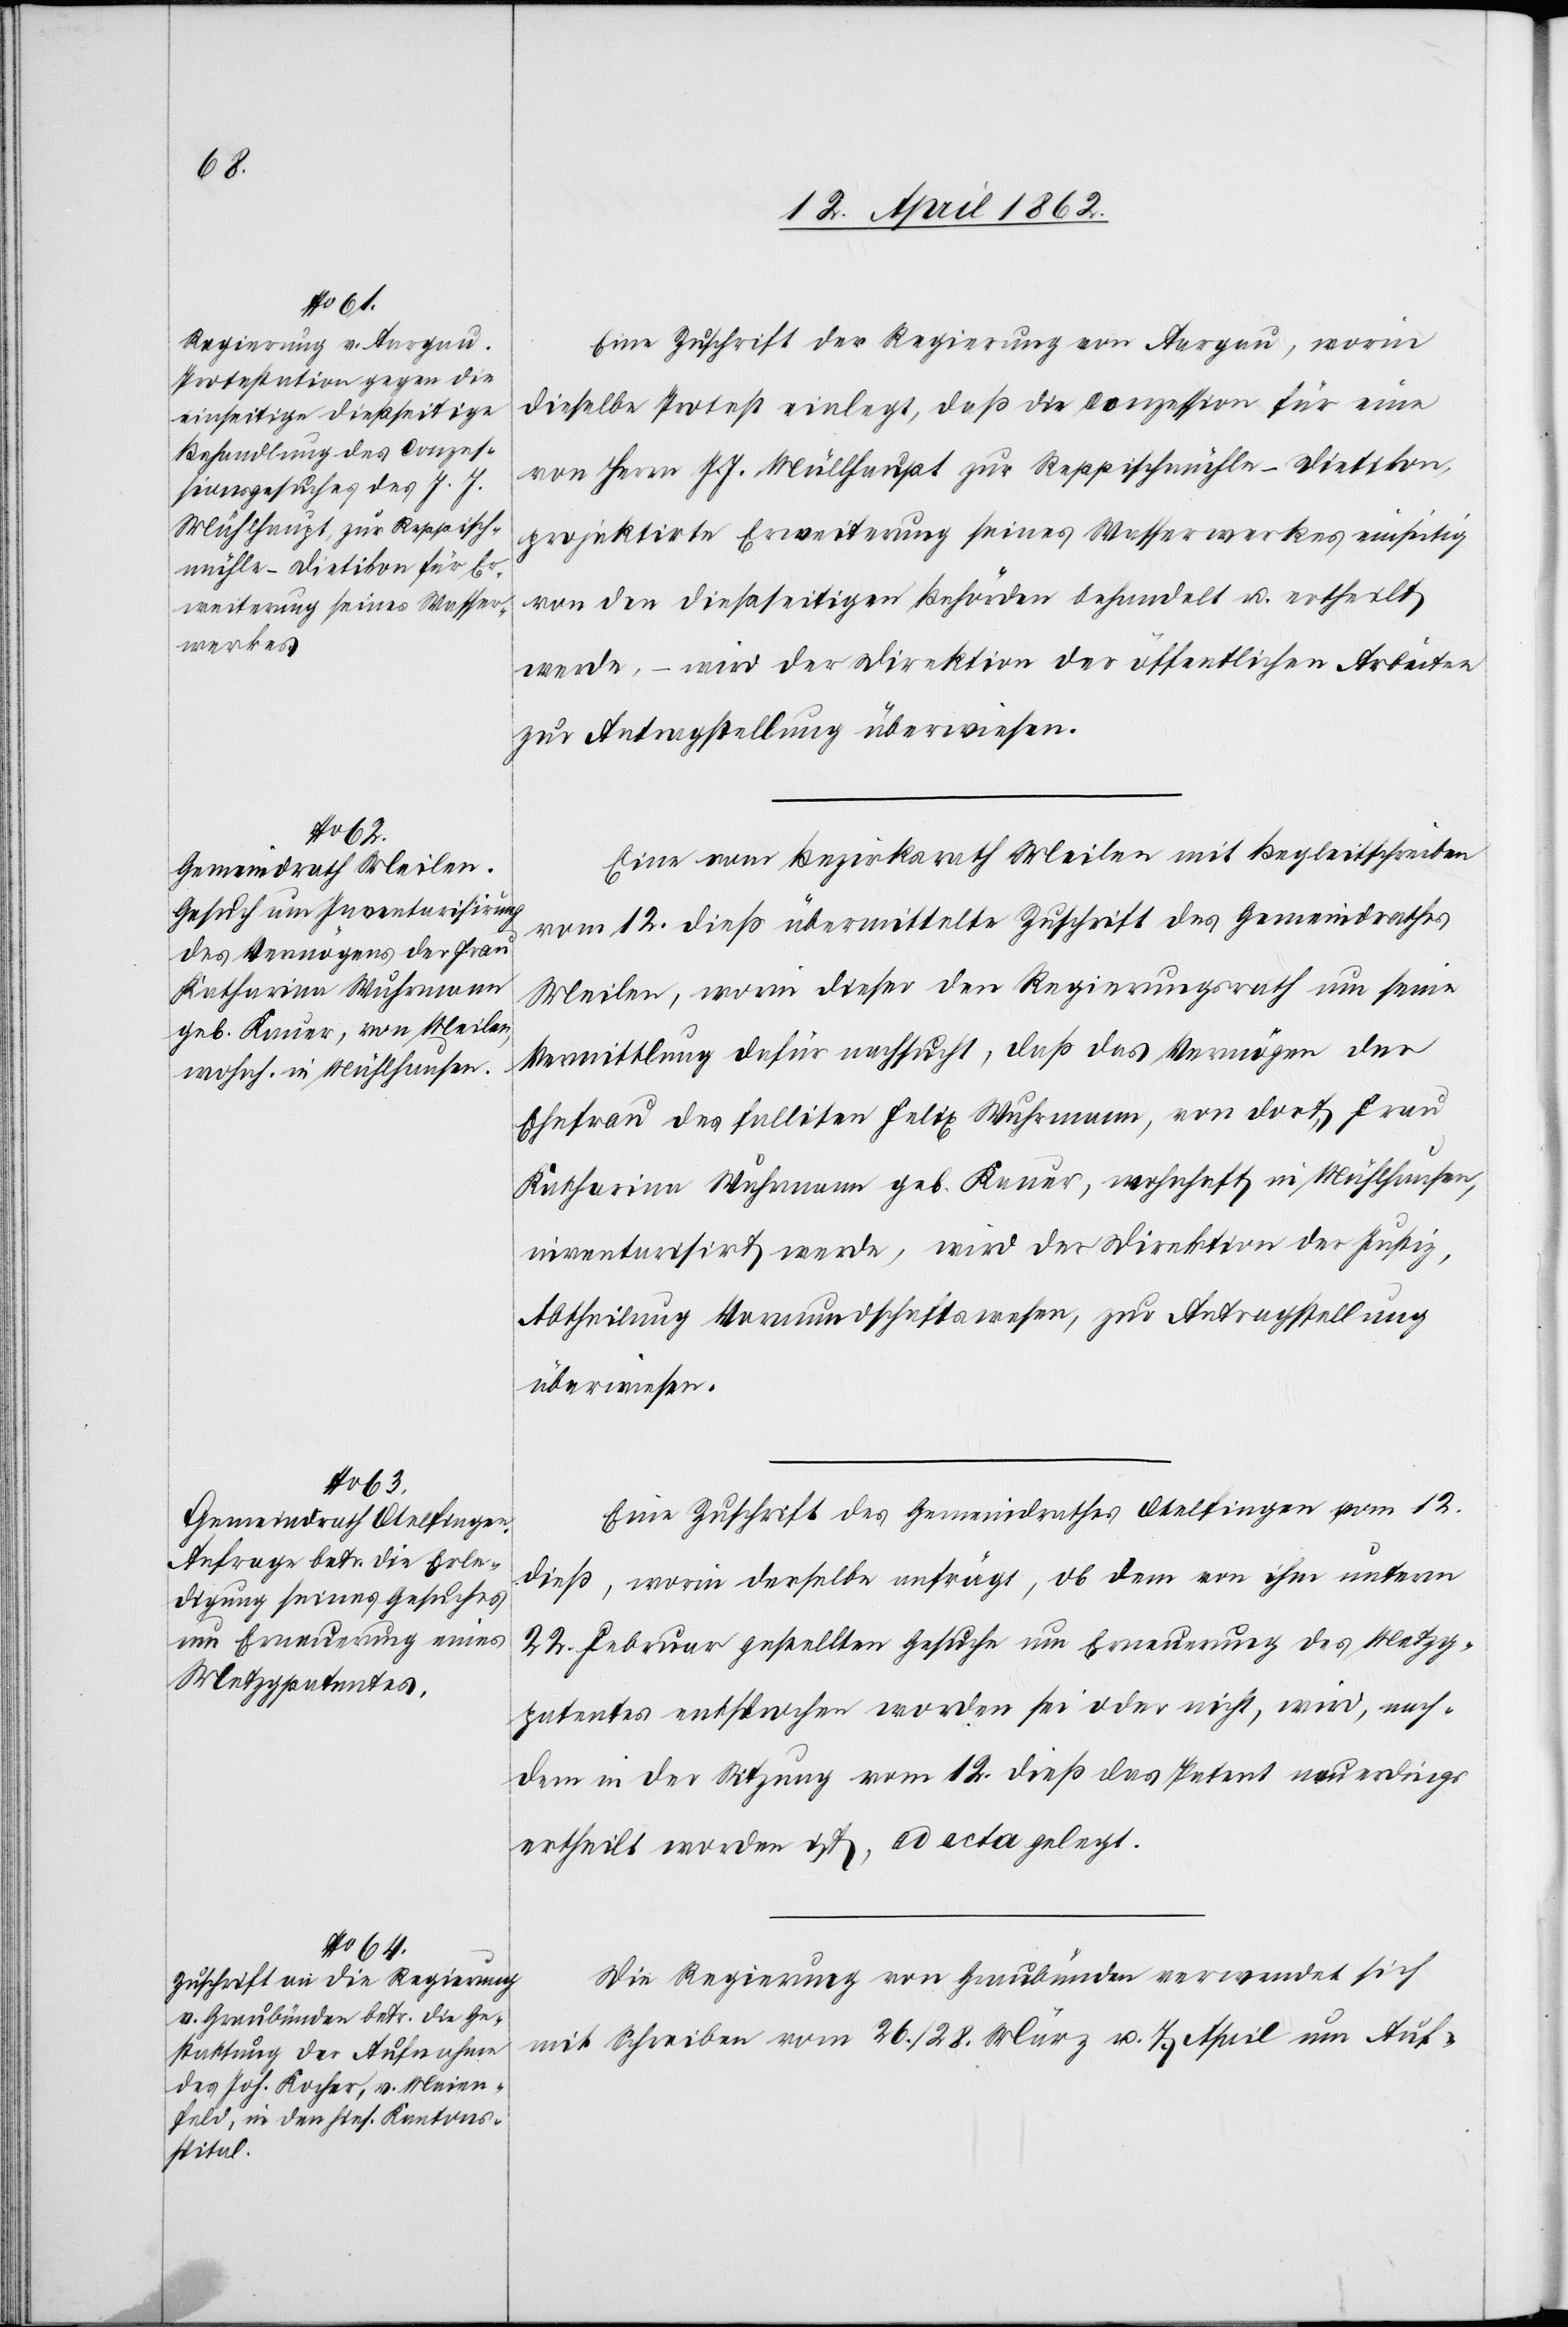
14. April 1862.]
Eine Zuschrift der Regierung von Aargau, worin
dieselbe Protest einlegt, daß die Conzession für eine
von Herrn J. J. Müllhaupt [sic!] zur Reppischmühle-Dietikon,
projektirte Erweiterung seines Wasserwerkes einseitig
von den dießseitigen Behörden behandelt u. ertheilt
werde, – wird der Direktion der öffentlichen Arbeiten
zur Antragstellung überwiesen.
Eine vom Bezirksrath Meilen mit Begleitschreiben
vom 12. dieß übermittelte Zuschrift des Gemeindraths
Meilen, worin dieser den Regierungsrath um seine
Vermittlung dafür nachsucht, daß das Vermögen der
Ehefrau des falliten Wuhrmann, von dort, Frau
Katharina Wuhrmann geb. Kauer, wohnhaft in Mühlhausen,
inventarisirt werde, wird der Direktion der Justiz,
Abtheilung Vormundschaftswesen, zur Antragstellung
überwiesen.
Eine Zuschrift des Gemeindrathes Otelfingen vom 12.
dieß worin derselbe anfrägt, ob dem von ihm unterm
22. Februar gestellten Gesuche um Erneuerung des Metzg¬
patentens entsprochen worden sei oder nicht, wird, nach¬
dem in der Sitzung vom 12. dieß das Patent neuerdings
ertheilt worden ist, ad acta gelegt.
Die Regierung von Graubünden verwendet sich
mit Schreiben vom 26./28. März v. Js. April um Auf-